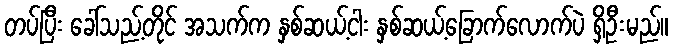
တပ်ပြီး ခေါ်သည့်တိုင် အသက်က နှစ်ဆယ့်ငါး နှစ်ဆယ့်ခြောက်လောက်ပဲ ရှိဦးမည်။